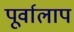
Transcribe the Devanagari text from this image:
पूर्वालाप